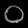
Digit: ၀